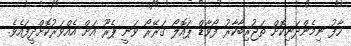
ހާފު ނިމެންދަނިކޮށް ތަޖުރިބާކާރު ފޯވާޑް ޕައޮލޯ ގަރޭރޯ ވަނީ ޕެރޫ އަށް އެއްވަރުކޮށްދީފައެވެ.